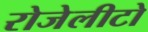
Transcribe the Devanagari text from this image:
रोजेलीटो